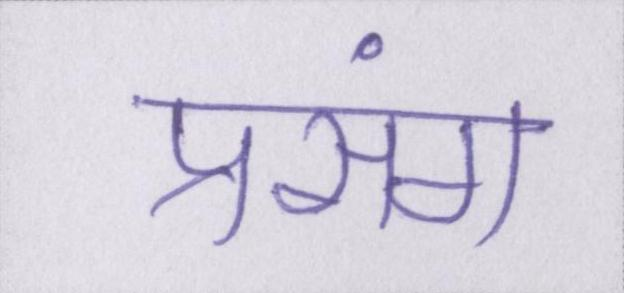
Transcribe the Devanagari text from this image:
प्रसंग